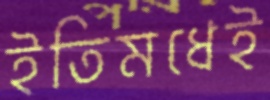
ইতিমধেই